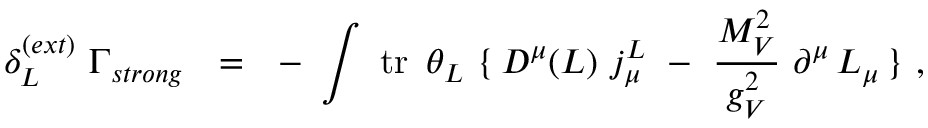
\delta _ { L } ^ { ( e x t ) } \, \, \Gamma _ { s t r o n g } \ \ = \ \ - \, \, \int \, \, \mathrm { t r } \, \, \, \theta _ { L } \, \, \{ \, D ^ { \mu } ( { \cal L } ) \, \, j _ { \mu } ^ { L } \ - \ \frac { M _ { V } ^ { 2 } } { g _ { V } ^ { 2 } } \, \, \partial ^ { \mu } \, { \cal L } _ { \mu } \, \} \, \, ,